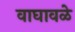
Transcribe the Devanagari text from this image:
वाघावळे